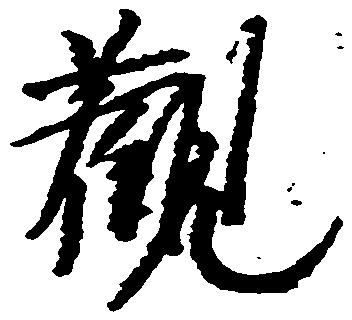
観